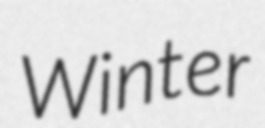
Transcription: Winter